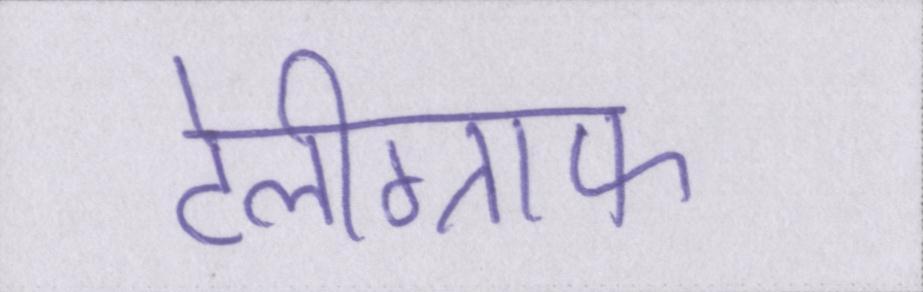
टेलीग्राफ